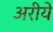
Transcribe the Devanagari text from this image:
अरीये